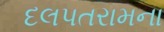
દલપતરામના